Vaccination North-Western Provinces and Oudh 1878-1895 - 1878-1895
Year: 1878
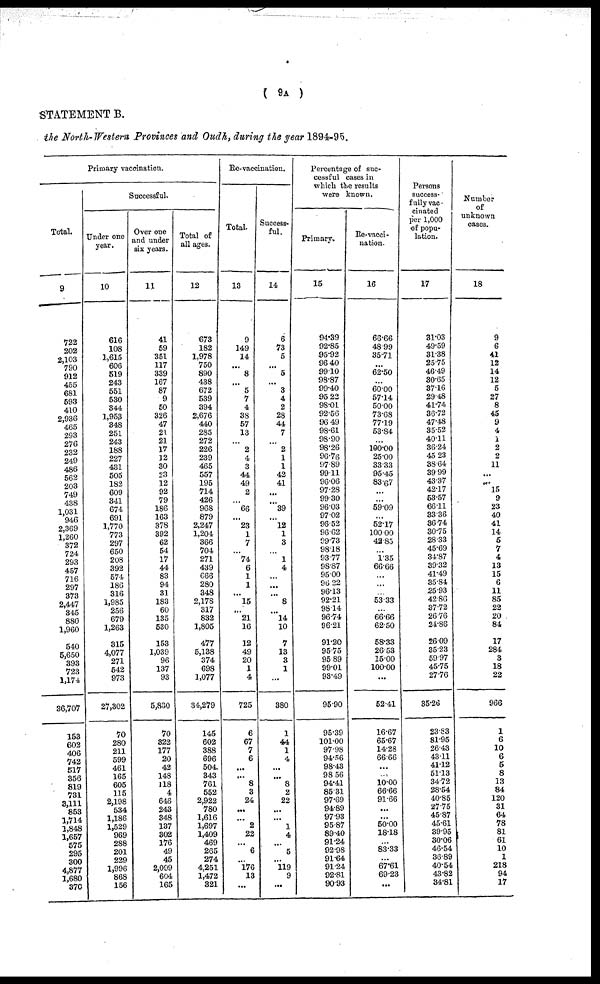
( 9A )
STATEMENT B.
the North-Western Provinces and Oudh, during the year 1894-95.
Primary vaccination.
Total.
9
722
202
2,103
790
912
455
681
593
410
2,936
465
293
276
232
249
486 562
203
749
438
1,031
946
2,369
1,260
372
724
293
457
716
297
373
2,447
345
880
1,960
540
5,650
393
723
1,174
36,707
153
602
406
742
517
356
819
731
3,111
853
1,714
1,848
1,657
575
295
300
4,877
1,680
370
Re-vaccination.
Successful.
Under one
year.
10
616
108
1,615
606
519
243
551
530
344
1,953
348
251
243
188
227
431
505
182
609
341
674
691
1,770
773
297
650
208
392
574
186
316
1,985
256
679
1,263
315
4,077
271
542
973
27,302
70
280
211
599
461
165
605
115
2,198
534
1,186
1,529
969
288
201
229
1,996
868
156
Over one
and under
six years.
11
41
59
351
117
339
167
87
9
50
326
47
21
21
17
12
30
23
12
92
79
186
163
378
392
62
54
17
44
83
94
31
183
60
135
530
153
1,039
96
137
93
5,830
70
322
177
20
42
148
118
4
646
243
348
137
302
176
49
45
2,099
604
165
Total of
all ages.
12
673
182
1,978
750
890
438
672
539
394
2,676
440
285
272
226
239
465
557
195
714
426
968
879
2,247
1,204
366
704
271
439
666
280
348
2,178
317
832
1,805
477
5,138
374
698
1,077
34,279
145
602
388
696
504
343
761
552
2,922
780
1,616
1,697
1,409
469
265
274
4,251
1,472
321
Total.
13
9
149
14
... 8
...
5
7
4
38
57
13
...
2
4
3
44
49
2
...
66
...
23
1
7
...
74
6
1
1
... 15
...
21
16
12
49
20
1
4
725
6
67
7
6
...
...
8
3
24
...
... 2
22
...
6
...
176
13
...
Success-
ful.
14
6
73
5
...
5
...
3
4
2
28
44
7
...
2
1
1
42
41
...
...
39
...
l2
1
3
...
1
4
...
...
... 8
... l4
10
7
13
3
1
...
380
1
44
1
4
...
...
8
2
22
...
...
1
4
...
5
...
l9
9
...
Percentage of suc-
cessful cases in
which the results
were known.
Primary,
15
94.39
92.85
95.92
96.40
99.10
98.87
99.40
95.22
98.01
92.56
96.49
98.61
98.90
98.26
96.76
97.89
99.11
96.06
97.28
99.30
96.03
97.02
96.52
96.62
99.73
98.18
93.77
98.87
95.00
96.22
96.13
92.21
98.14
96.74
96.21
91.20
95.75
95.89
99.01
93.49
95.90
95.39
101.00
97.98
94.56
98.43
98.56
94.41
85.31
97.69
94.89
97.93
95.87
89.40
91.24
92.98
91.64
91.24
92.81
90.93
Re-vacci-
nation.
16
66.66
48.99
35.71
...
62.50
...
60.00
57.14
50.00
73.68
77.19
53.84
...
100.00
25.00
33.33
95.45
83.67
...
...
59.09
...
52.17
100.00
42.85
...
1.35
66.66
...
...
...
53.33
...
66.66
62.50
58.33
26.53
15.00
100.00
...
52.41
16.67
65.67
14.28
66.66
...
...
10.00
66.66
91.66
...
...
50.00
18.18
...
83.33
...
67.61
69.23
...
Persons
success-
fully vac
cinated
per 1,000
of popu-
lation.
17
31.03
49.59
31.38
25.75
46.49
30.65
37.16
29.48
41.74
36.72
47.48
35.52
40.11
36.24
45.23
38.64
39.99
43.37
42.17
53.57
66.11
33.36
36.74
30.75
28.33
45.69
34.87
39.32
41.49
35.84
25.93
42.86
37.72
26.76
24.86
26.09
35.23
59.97
45.75
27.76
35.26
23.83
81.95
26.43
43.11
41.12
51.13
34.72
28.54
40.85
27.75
45.87
45.61
39.95
30.06
46.54
36.89
40.54
43.82
34.81
Number
of
unknown
cases.
18
9
6
41
12
14
12
5
27
8
45
9
4
1
2
2
11
...
...
15
9
23
40
41
14
5
7
4
13
15
6
11
85
22
20
84
17
284
3
18
22
966
1
6
10
6
5
8
13
84
120
31
64
78
81
6l
10
1
218
94
17